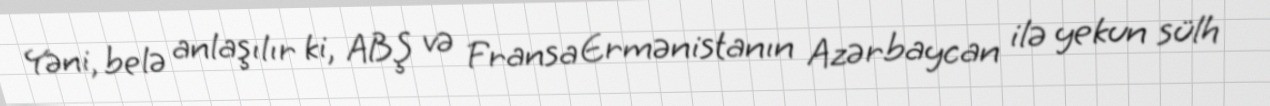
Yəni, belə anlaşılır ki, ABŞ və Fransa Ermənistanın Azərbaycan ilə yekun sülh